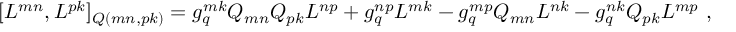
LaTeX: [ L ^ { m n } , L ^ { p k } ] _ { Q ( m n , p k ) } = g _ { q } ^ { m k } Q _ { m n } Q _ { p k } L ^ { n p } + g _ { q } ^ { n p } L ^ { m k } - g _ { q } ^ { m p } Q _ { m n } L ^ { n k } - g _ { q } ^ { n k } Q _ { p k } L ^ { m p } \ ,